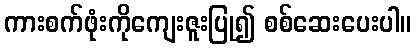
ကားစက်ဖုံးကိုကျေးဇူးပြု၍ စစ်ဆေးပေးပါ။